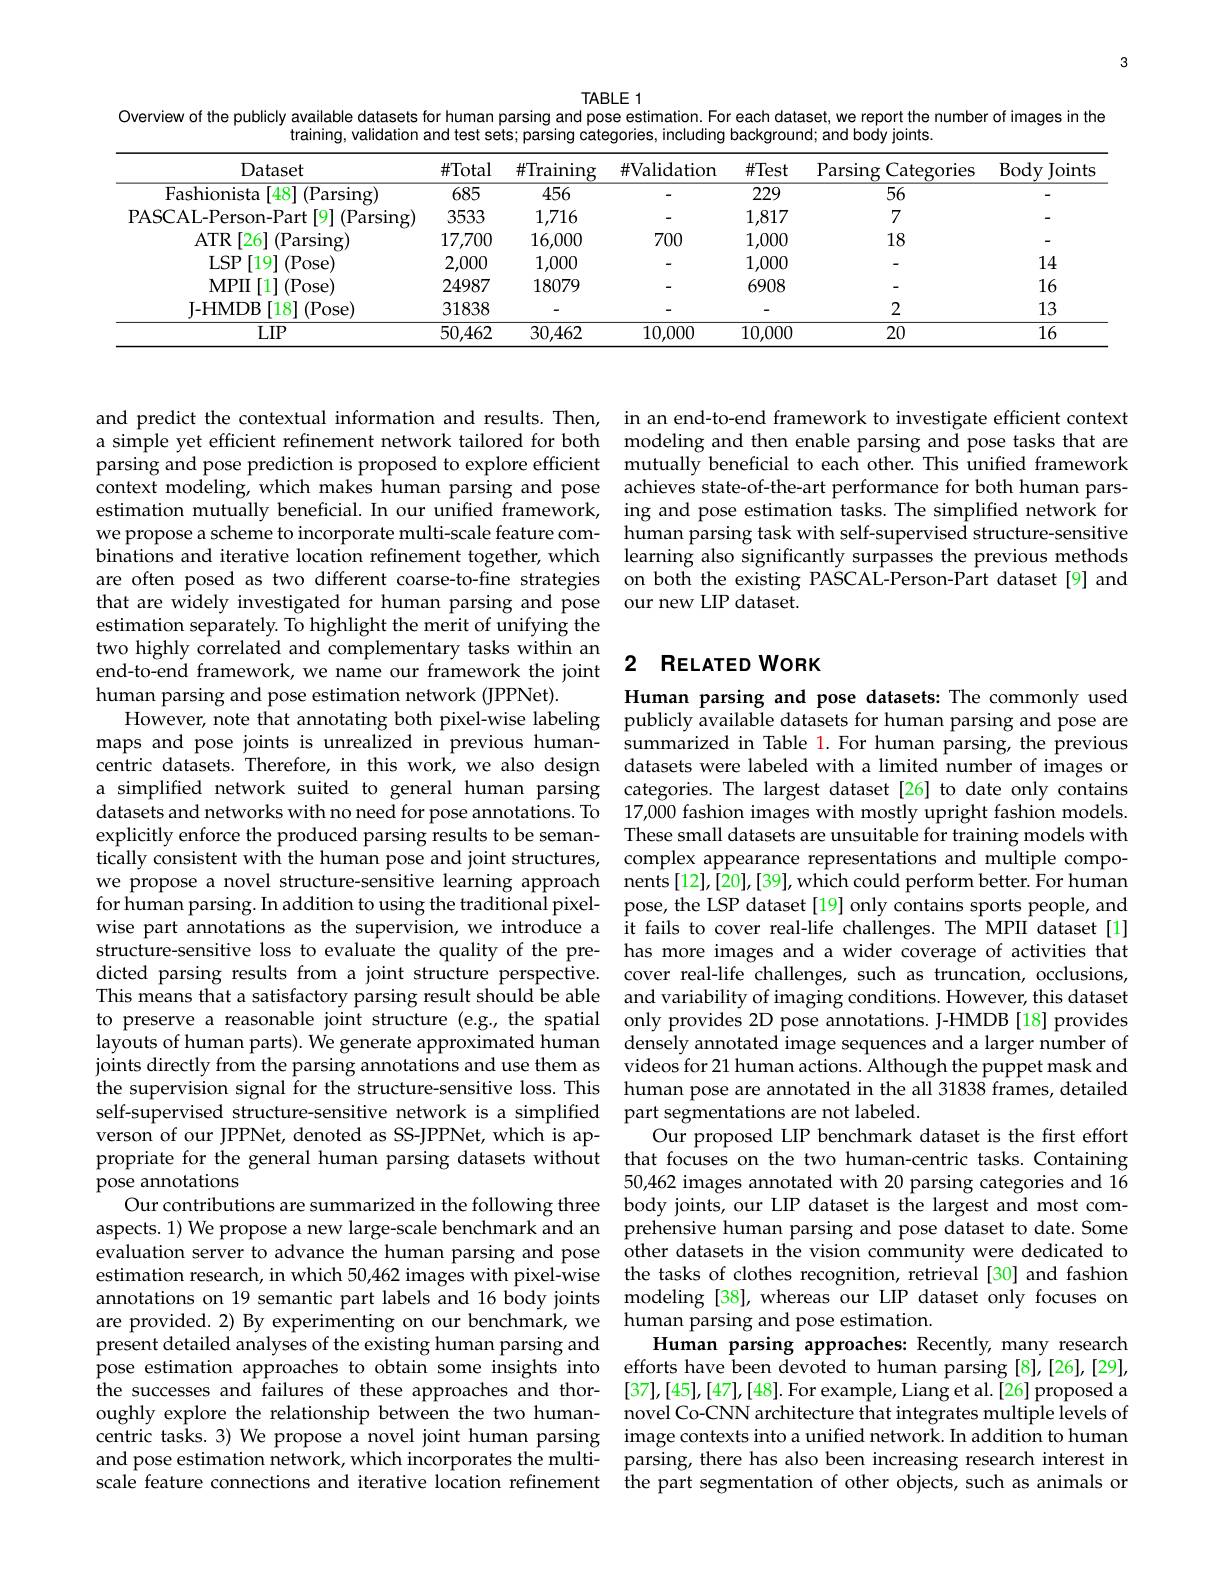
3

TABLE 1
Overview of the publicly available datasets for human parsing and pose estimation. For each dataset, we report the number of images in the
training, validation and test sets; parsing categories, including background; and body joints.

<table>
	<tbody>
		<tr>
			<th>Dataset</th>
			<th>$\#$Total</th>
			<th>$\#$Training</th>
			<th>$\#$Validation</th>
			<th>$\#$Test</th>
			<th>Parsing Categories</th>
			<th>Body $I$ Joints $r$</th>
		</tr>
		<tr>
			<td>Fashionista[48] (Parsing)</td>
			<td>685</td>
			<td>456</td>
			<td> </td>
			<td>229</td>
			<td>56</td>
			<td> </td>
		</tr>
		<tr>
			<td>t[9](Parsing) PASCAL-Person-Part</td>
			<td>3533</td>
			<td>1,716</td>
			<td> </td>
			<td>1,817</td>
			<td>7</td>
			<td> </td>
		</tr>
		<tr>
			<td>$\mathbb{R}[26]($Parsing) $ATR$</td>
			<td>17,700</td>
			<td>16,000</td>
			<td>700</td>
			<td>1,000</td>
			<td>18</td>
			<td> </td>
		</tr>
		<tr>
			<td>$LSP$ [19](Pose)</td>
			<td>2,000</td>
			<td>1,000</td>
			<td> </td>
			<td>1,000</td>
			<td> </td>
			<td>14</td>
		</tr>
		<tr>
			<td>$MPII$ $[1]\left(\mathrm{Pose}\right)$</td>
			<td>24987</td>
			<td>18079</td>
			<td> </td>
			<td>6908</td>
			<td> </td>
			<td>16</td>
		</tr>
		<tr>
			<td>[18](Pose) I- HMDB</td>
			<td>31838</td>
			<td> </td>
			<td> </td>
			<td> </td>
			<td>2</td>
			<td>13</td>
		</tr>
		<tr>
			<td>$LIP$</td>
			<td>50,462</td>
			<td>30,462</td>
			<td>10,000</td>
			<td>10,000</td>
			<td>20</td>
			<td>16</td>
		</tr>
	</tbody>
</table>

and predict the contextual information and results. Then, parsing and pose prediction is proposed to explore efficient context modeling, which makes human parsing and pose estimation mutually beneficial. In our unified framework, we propose a scheme to incorporate multi-scale feature combinations and iterative location refinement together, which are often posed as two different coarse-to-fine strategies estimation separately. To highlight the merit of unifying the two highly correlated and complementary tasks within an end-to-end framework, we name our framework the joint human parsing and pose estimation network (JPPNet).
$\hat{\text{However, note that annotating both pixel-wise labeling}}$ publicly available datasets for human parsing and pose are
maps and pose joints is unrealized in previous human-
centric datasets. Therefore, in this work, we also design datasets were labeled with a limited number of images or
a simplified network suited to general human parsing datasets and networks with no need for pose annotations. To explicitly enforce the produced parsing results to be semantically consistent with the human pose and joint structures, we propose a novel structure-sensitive learning approach nents[12],[20],[39],which could perform better. For human
for human parsing. In addition to using the traditional pixelwise part annotations as the supervision, we introduce a structure-sensitive loss to evaluate the quality of the predicted parsing results from a joint structure perspective. This means that a satisfactory parsing result should be able and variability of imaging conditions. However, this dataset to preserve a reasonable joint structure (e.g., the spatial only provides 2D pose annotations. J-HMDB [18] provides layouts of human parts). We generate approximated human densély annotated image sequences and a larger number of joints directly from the parsing annotations and use them as
the supervision signal for the structure-sensitive loss. This human pose are annotated in the all 31838 frames, detailed
self-supervised structure-sensitive network is a simplified part segmentations are not labeled.
verson of our JPPNet, denoted as SS-JPPNet, which is ap-
propriate for the general human parsing datasets without that focuses on the two human-centric tasks. Containing
pose annotations
Our contributions are summarized in the following three body joints, our LIP dataset is the largest and most comaspects. 1) We propose a new large-scale benchmark and an prehensive human parsing and pose dataset to date. Some evaluation server to advance the human parsing and pose estimation research, in which 50,462 images with pixel-wise annotations on 19 semantic part labels and 16 body joints modeling [38], whereas our LIP dataset only focuses on
are provided. 2) By experimenting on our benchmark, we human parsing and pose estimation.
present detailed analyses of the existing human parsing and
pose estimation approaches to obtain some insights into efforts have been devoted to human parsing [8],[26],[29],
the successes and failures of these approaches and thoroughly explore the relationship between the two humancentric tasks. 3) We propose a novel joint human parsing image contexts into a unified network. In addition to human
and pose estimation network, which incorporates the multiscale feature connections and iterative location refinement

in an end-to-end framework to investigate efficient context
a simple yet efficient refinement network tailored for both modeling and then enable parsing and pose tasks that are
mutually beneficial to each other. This unified framework achieves state-of-the-art performance for both human parsing and pose estimation tasks. The simplified network for human parsing task with self-supervised structure-sensitive learning also significantly surpasses the previous methods on both the existing PASCAL-Person-Part dataset[9] and
that are widely investigated for human parsing and pose our new LIP dataset.

### 2 RELATED WORK

Human parsing and pose datasets: The commonly used summarized in Table 1. For human parsing, the previous categories. The largest dataset[26] to date only contains 17,000 fashion images with mostly upright fashion models. These small datasets are unsuitable for training models with complex appearance representations and multiple compopose, the LSP dataset [19] only contains sports people, and it fails to cover real-life challenges. The MPII dataset[1] has more images and a wider coverage of activities that cover real-life challenges, such as truncation, occlusions, videos for 21 human actions. Although the puppet mask and
Our proposed LIP benchmark dataset is the first effort 50,462 images annotated with 20 parsing categories and 16 other datasets in the vision community were dedicated to the tasks of clothes recognition, retrieval [30] and fashion
Human parsing approaches: Recently, many research [37],[45],[47],[48].For example, Liang et al.[26] proposed a novel Co-CNN architecture that integrates multiple levels of parsing, there has also been increasing research interest in the part segmentation of other objects, such as animals or